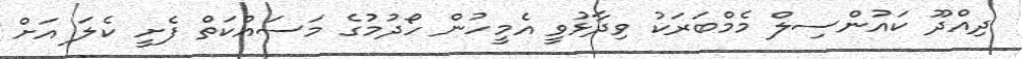
ދިއްދޫ ކައުންސިލް މެމްބަރަކު ވިދާޅުވީ އެމީހުން ހޯދުމުގެ މަސައްކަތް ފެށީ ކެލަ އަށް